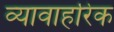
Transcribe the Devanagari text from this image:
व्यावाहरिक